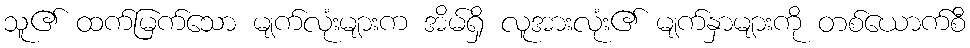
သူ၏ ထက်မြက်သော မျက်လုံးများက အိမ်ရှိ လူအားလုံး၏ မျက်နှာများကို တစ်ယောက်စီ